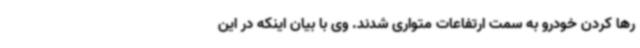
رها کردن خودرو به سمت ارتفاعات متواری شدند. وی با بیان اینکه در این